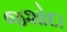
જશોદા